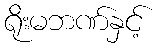
ရိုးမဘဏ်နှင့်